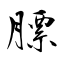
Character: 膘